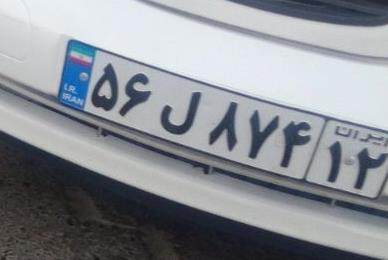
۵۶ل۸۷۴۱۲